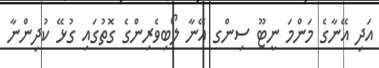
އަދި އޭނާގެ މަންމަ ނީޓޫ ސިންގ އޭނާ ލޯބިވެރިންގެ ގޮތުގައި ގުޅޭ ކުދިންނާ